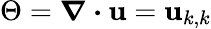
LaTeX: \Theta=\boldsymbol{\nabla\cdot\mathbf{u}}=\mathbf{u}_{k,k}